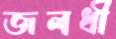
জলধী